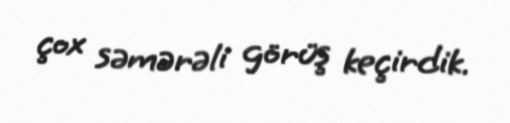
çox səmərəli görüş keçirdik.